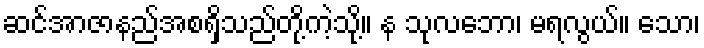
ဆင်အာဇာနည်အစရှိသည်တို့ကဲ့သို့။ န သုလဘော၊ မရလွယ်။ သော၊